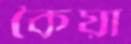
কৈয়া